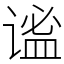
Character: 谧